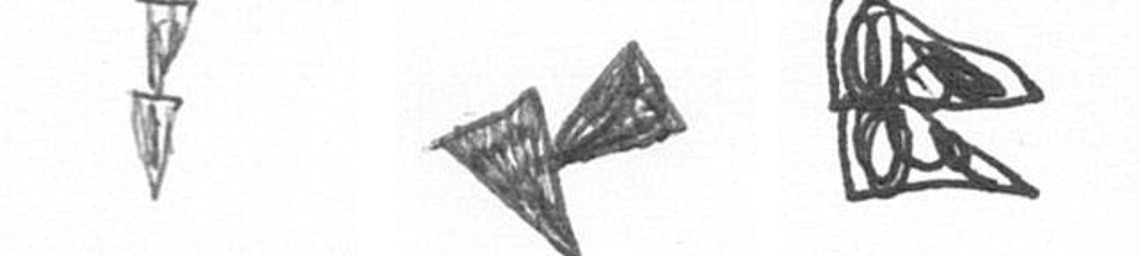
Z F P